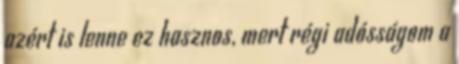
azért is lenne ez hasznos, mert régi adósságom a